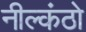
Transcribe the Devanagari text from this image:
नील्कंठो